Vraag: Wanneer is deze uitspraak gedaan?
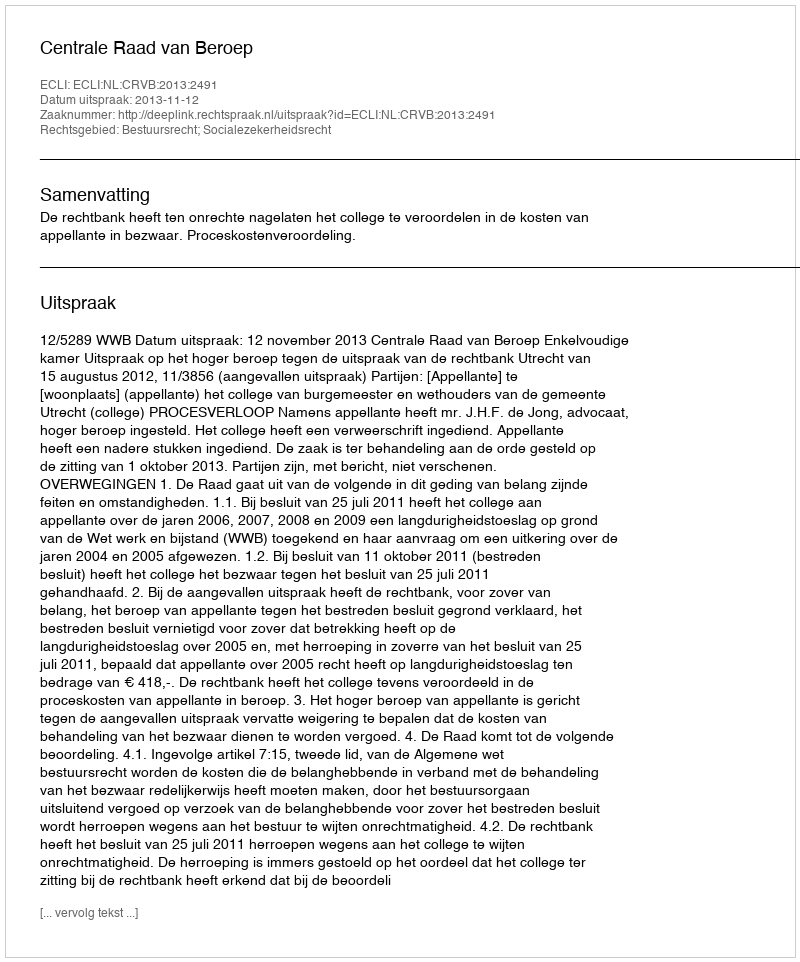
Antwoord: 2013-11-12